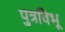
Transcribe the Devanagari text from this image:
पुत्रविभू